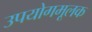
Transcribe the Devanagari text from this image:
उपयोगमूलक